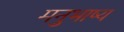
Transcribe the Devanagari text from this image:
मनुभाष्य